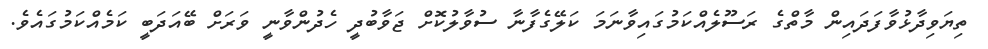
ތިޔަވިދާޅުވާފަދައިން މާތްގެ ރަސޫލެއްކަމުގައިވާނަމަ ކަލޭގެފާނާ ސުވާލުކޮށް ޖަވާބުދީ ހެދުންވާނީ ވަރަށް ބޭއަދަބީ ކަމެއްކަމުގައެވެ.